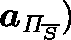
\boldsymbol { a } _ { \mathit { \Pi } _ { \overline { { S } } } } )